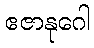
ဧဇာနုဂေါ